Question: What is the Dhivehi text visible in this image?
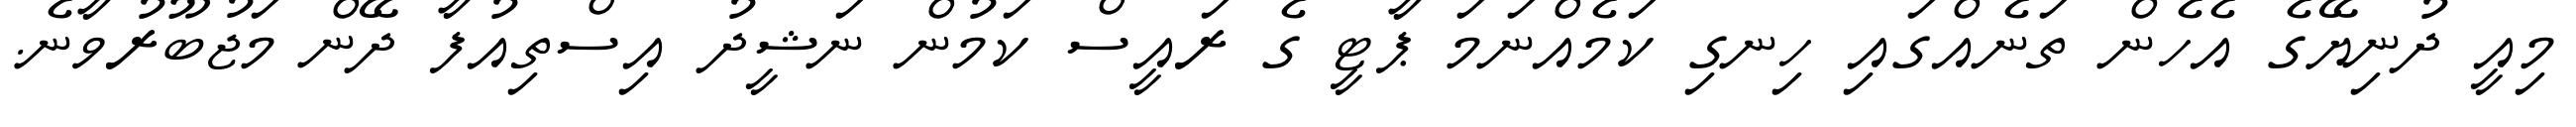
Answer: މިއީ ދުނިޔޭގެ އެހެން ތަނެއްގައި ހިނގި ކަމެއްނަމަ ޕާޓީ ގެ ރައީސް ކަމުން ނަޝީދު އިސްތިއުފާ ދޭން މަޖުބޫރުވާނެ.